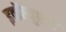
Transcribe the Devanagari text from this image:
इवॉल्यूशन